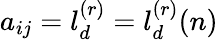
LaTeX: a_{ij}=l_{d}^{(r)}=l_{d}^{(r)}(n)